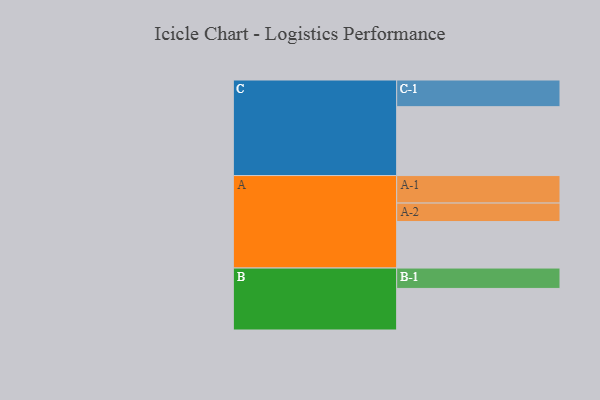
{"axis": {"x": "Segment", "y": "Value"}, "legend": ["", "A", "B", "C"], "data": [{"x": "A", "y": 397, "type": ""}, {"x": "B", "y": 355, "type": ""}, {"x": "C", "y": 588, "type": ""}, {"x": "A-1", "y": 235, "type": "A"}, {"x": "A-2", "y": 158, "type": "A"}, {"x": "B-1", "y": 174, "type": "B"}, {"x": "C-1", "y": 228, "type": "C"}]}